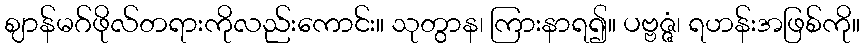
ဈာန်မဂ်ဖိုလ်တရားကိုလည်းကောင်း။ သုတွာန၊ ကြားနာရ၍။ ပဗ္ဗဇ္ဇံ၊ ရဟန်းအဖြစ်ကို။